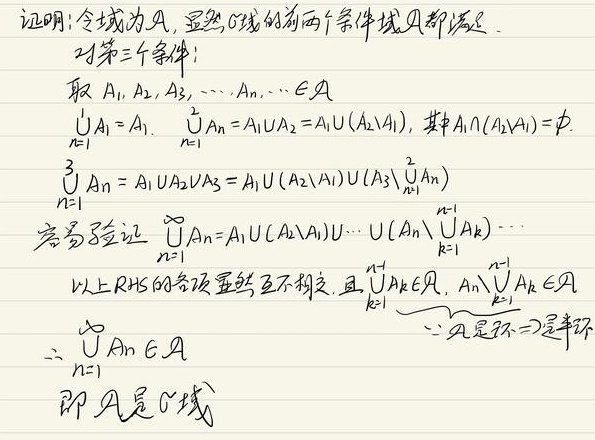
证明: 令域为\(\mathcal{A}\)，显然\(\sigma\)域的前两个条件\(\mathcal{A}\)都满足。对第三个条件：取\(A_1, A_2, A_3, \cdots, A_n, \cdots \in \mathcal{A}\)。

\(\bigcup_{n = 1}^{1}A_i = A_1\)。

\(\bigcup_{n = 1}^{2}A_n = A_1\cup A_2 = A_1\cup(A_2\backslash A_1)\)，其中\(A_1\cap(A_2\backslash A_1)=\varnothing\)。

\(\bigcup_{n = 1}^{3}A_n = A_1\cup A_2\cup A_3 = A_1\cup(A_2\backslash A_1)\cup\left(A_3\backslash\bigcup_{n = 1}^{2}A_n\right)\)。

容易验证\(\bigcup_{n = 1}^{\infty}A_n = A_1\cup(A_2\backslash A_1)\cup\cdots\cup\left(A_n\backslash\bigcup_{k = 1}^{n - 1}A_k\right)\cdots\)。

以上RHS的各项显然互不相交，且\(\bigcup_{k = 1}^{n - 1}A_k\in\mathcal{A}\)，\(A_n\backslash\bigcup_{k = 1}^{n - 1}A_k\in\mathcal{A}\)。

\(\therefore\bigcup_{n = 1}^{\infty}A_n\in\mathcal{A}\)。

\(\because\mathcal{A}\)是环\(\Rightarrow\)是半环，即\(\mathcal{A}\)是\(\sigma\)域。